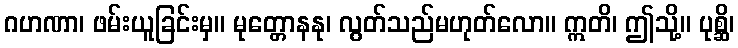
ဂဟဏာ၊ ဖမ်းယူခြင်းမှ။ မုတ္တောနနု၊ လွတ်သည်မဟုတ်လော။ ဣတိ၊ ဤသို့။ ပုစ္ဆိ၊